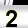
Digit: 2